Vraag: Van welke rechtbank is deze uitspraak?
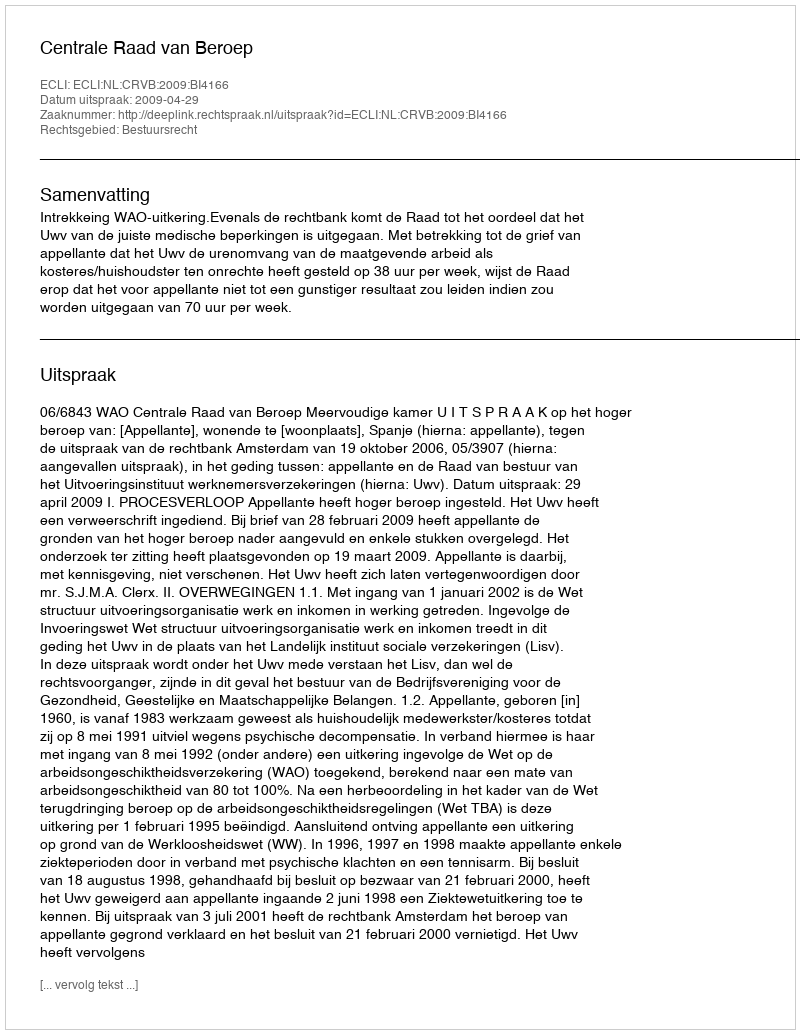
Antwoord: Centrale Raad van Beroep